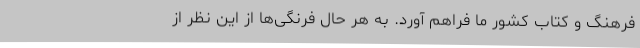
فرهنگ و کتاب کشور ما فراهم آورد. به هر حال فرنگی‌ها از این نظر از